Indian journal of veterinary science and animal husbandry - Volumes 15-17, 1948-1951
Year: 1948
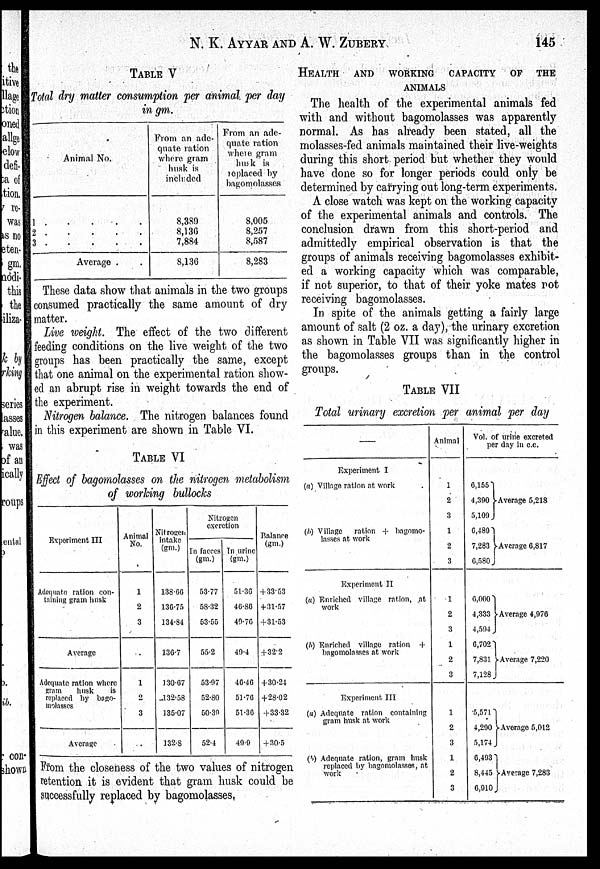
N. K. AYYAR AND A. W.
ZUBERY
145
TABLE V
Total dry matter consumption per animal per day
in gm.
Animal No.
1 . . . . .
2 . . . . .
3 . . . . .
Average . .
From an ade-
quate ration
where gram
husk is
included
8,389
8,136
7,884
8,136
From an ade-
quate ration
where gram
husk is
replaced by
bagomolasses
8,005
8,257
8,587
8,283
These data show that animals in the two groups
consumed practically the same amount of dry
matter.
Live weight. The effect of the two different
feeding conditions on the live weight of the two
groups has been practically the same, except
that one animal on the experimental ration show-
ed an abrupt rise in weight towards the end of
the experiment.
Nitrogen balance. The nitrogen balances found
in this experiment are shown in Table VI.
TABLE VI
Effect of bagomolasses on the nitrogen metabolism
of working bullocks
Experiment III
Adequate ration con-
taining gram husk
Average
Adequate ration where
gram
husk
is
replaced by bago-
molasses
Average
Animal
No.
1
2
3
1
2
3
Nitrogen
intake
(gm.)
138.66
136.75
134.84
136.7
130.67
132.58
135.07
132.8
Nitrogen
excretion
In faeces
(gm.)
53.77
58.32
53.55
55.2
53.97
52.80
50.39
52.4
In urine
(gm.)
51.36
46.86
49.76
49.4
46.46
51.76
51.36
49.9
Balance
(gm.)
+33.53
+31.57
+31.53
+32.2
+30.24
+28.02
+33.32
+30.5
From the closeness of the two values of nitrogen
retention it is evident that gram husk could be
successfully replaced by bagomolasses.
HEALTH AND WORKING CAPACITY OF THE
ANIMALS
The health of the experimental animals fed
with and without bagomolasses was apparently
normal. As has already been stated, all the
molasses-fed animals maintained their live-weights
during this short period but whether they would
have done so for longer periods could only be
determined by carrying out long-term experiments.
A close watch was kept on the working capacity
of the experimental animals and controls. The
conclusion drawn from this short-period and
admittedly empirical observation is that the
groups of animals receiving bagomolasses exhibit-
ed a working capacity which was comparable,
if not superior, to that of their yoke mates not
receiving bagomolasses.
In spite of the animals getting a fairly large
amount of salt (2 oz. a day), the urinary excretion
as shown in Table VII was significantly higher in
the bagomolasses groups than in the control
groups.
TABLE VII
Total urinary excretion per animal per day
—
Experiment I
(a) Village ration at work
(b) Village ration + bagomo-
lasses at work
Experiment II
(a) Enriched village ration, at
work
(b) Enriched village ration +
bagomolasses at work
Experiment III
(a) Adequate ration containing
gram husk at work
(b) Adequate ration, gram husk
replaced by bagomolasses, at
work
Animal
1
2
3
1
2
3
1
2
3
1
2
3
1
2
3
1
2
3
Vol. of urine excreted
per day in c.c.
6,155
4,390
5,109
6,489
7,283
6,580
Average 5,218
Average 6,817
6,000
4,333
4,594
6,702
7,831
7,128
Average 4,976
Average 7,220
5,571
4,290
5,174
6,493
8,445
6,910
Average 5,012
Average 7,283